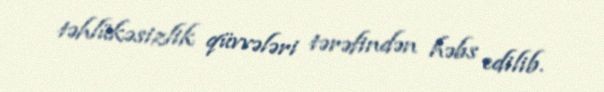
təhlükəsizlik qüvvələri tərəfindən həbs edilib.